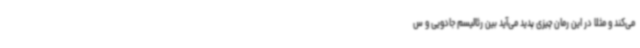
می‌کند و مثلا در این رمان چیزی پدید می‌آید بین رئالیسم جادویی و س